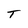
Character: T